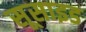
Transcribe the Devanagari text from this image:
सूसाइड